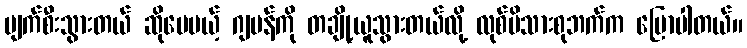
ပျက်စီးသွားတယ် ဆိုပေမယ့် ဂျပန်ကို တချို့ယူသွားတယ်လို့ လုစ်မိသားစုဘက်က ပြောပါတယ်။